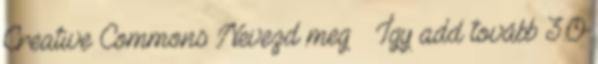
Creative Commons Nevezd meg – Így add tovább 3.0